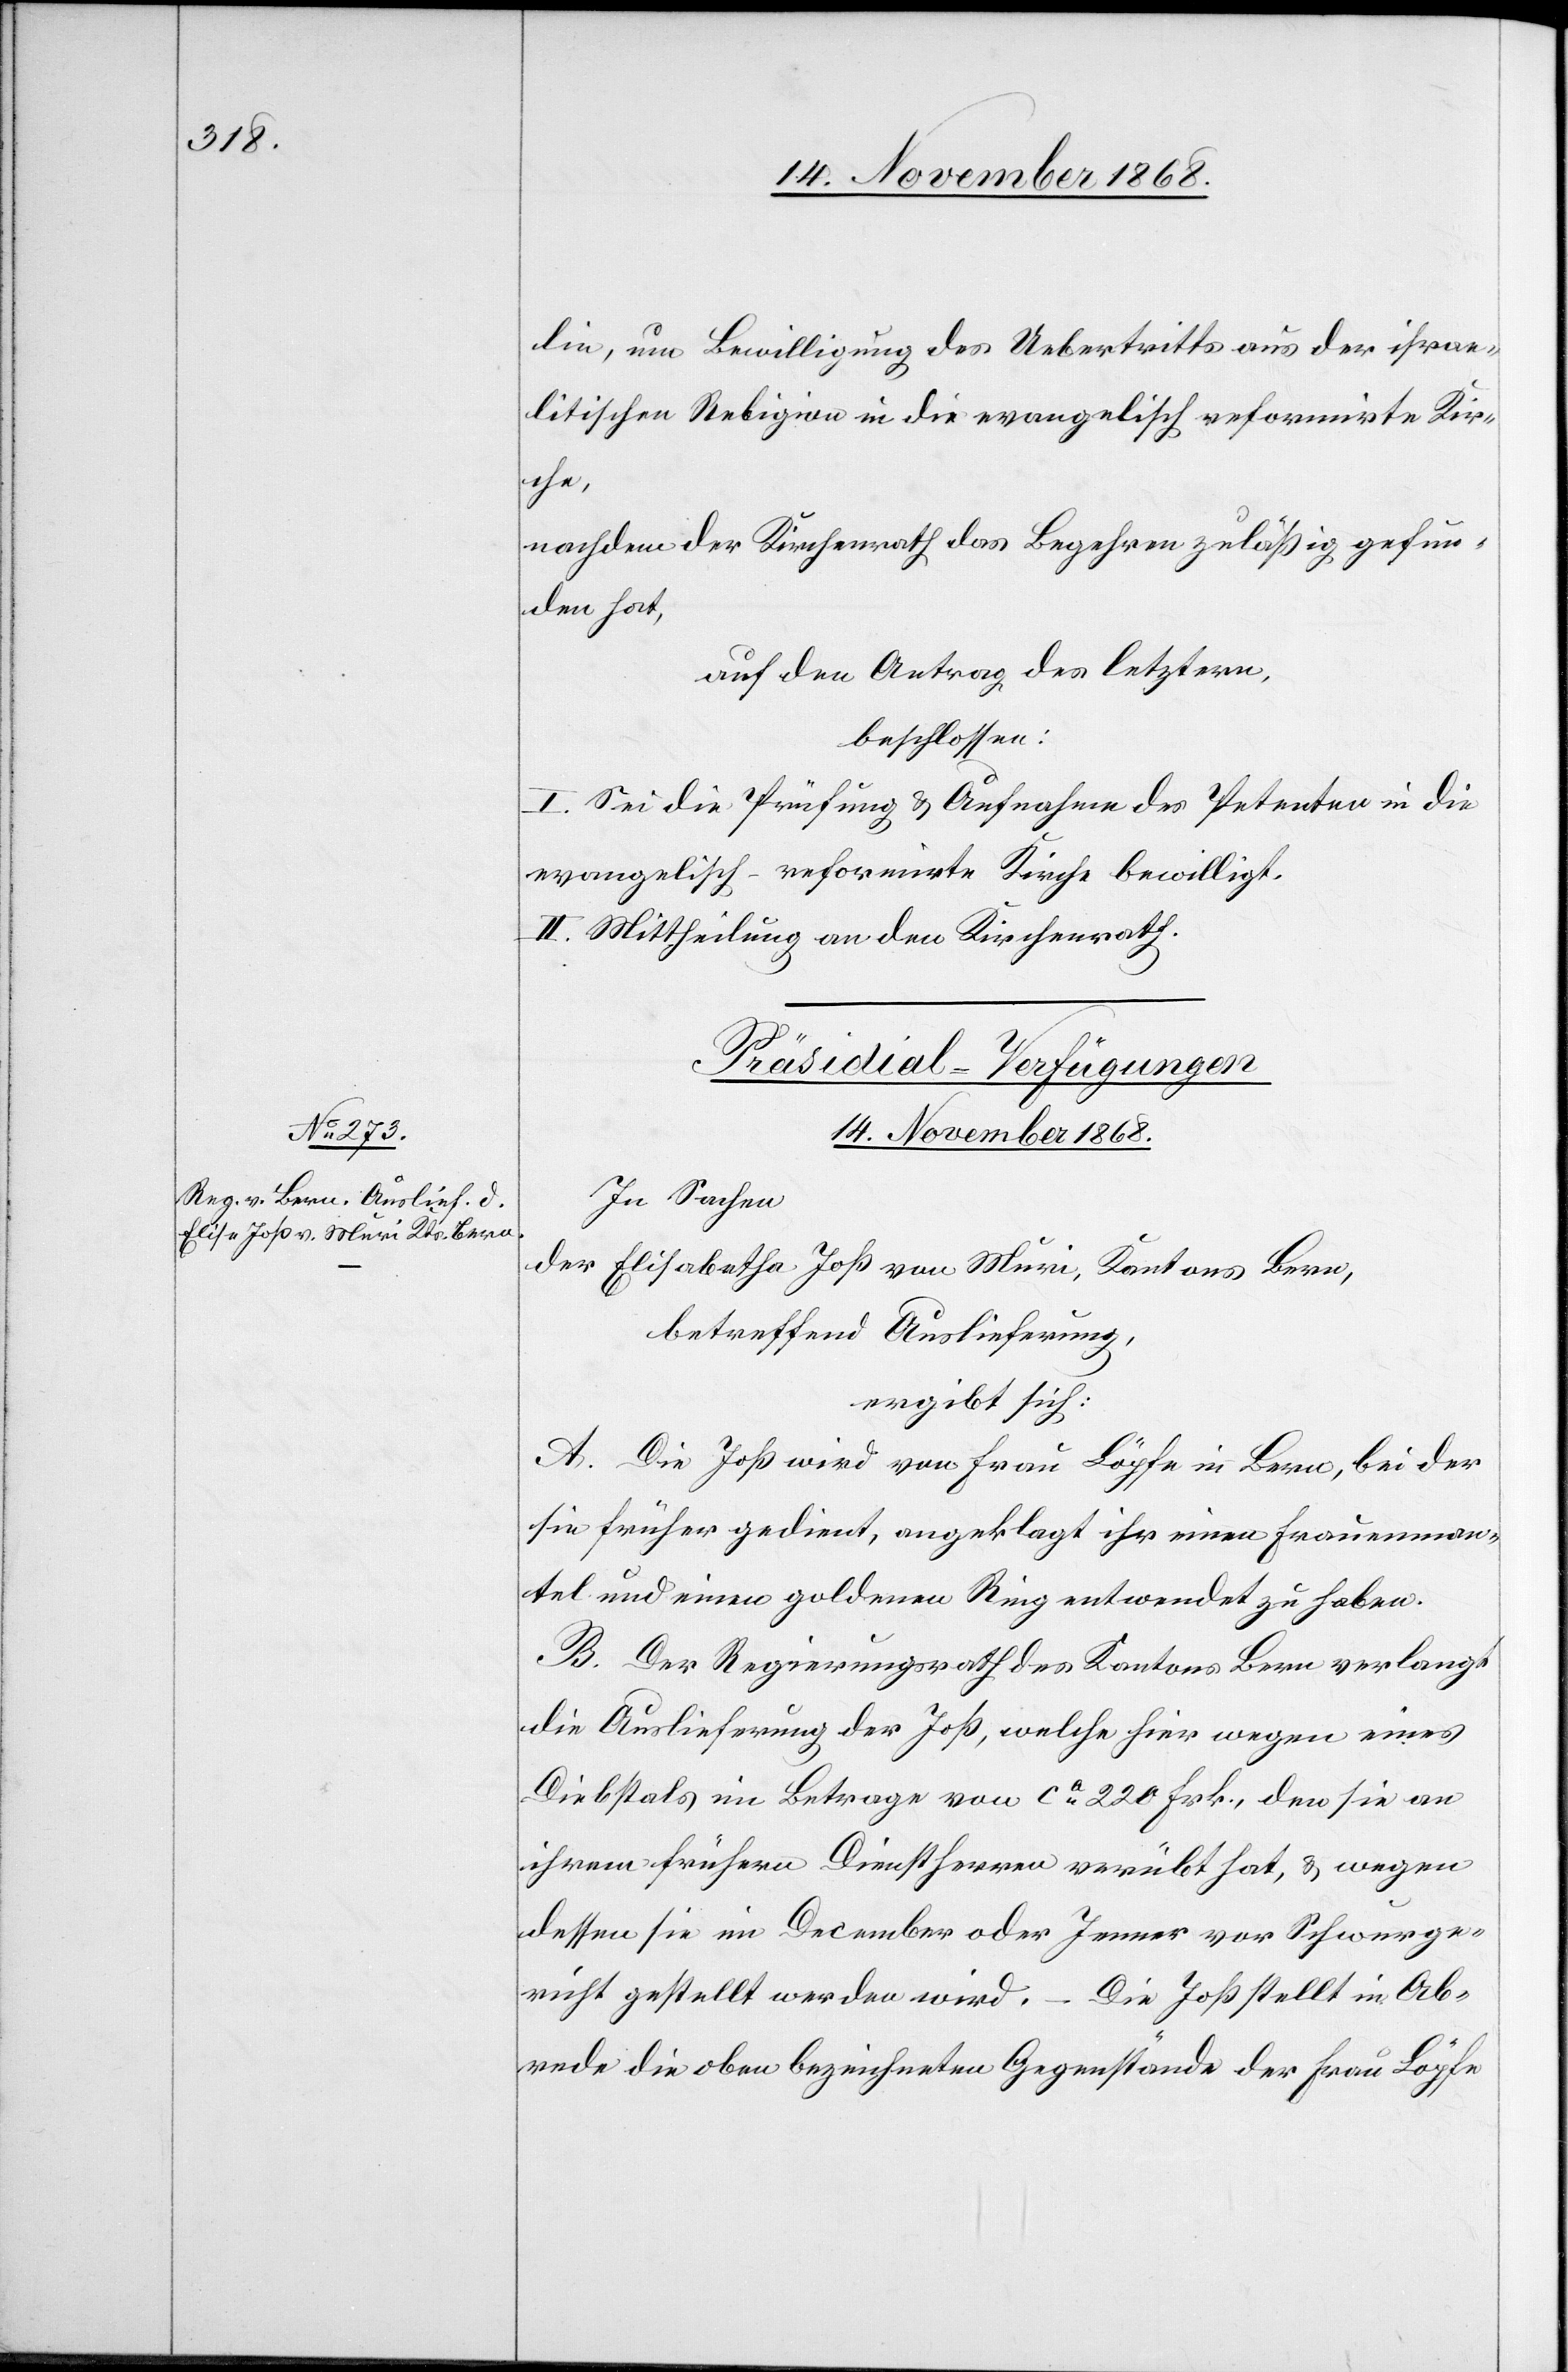
lin, um Bewilligung des Uebertritts aus der israe¬
litischen Religion in die evangelisch reformirte Kir¬
che,
nachdem der Kirchenrath das Begehren zuläßig gefun¬
den hat,
auf den Antrag des letztern,
beschlossen:
I. Sei die Prüfung & Aufnahme des Petenten in die
evangelisch-reformirte Kirche bewilligt.
II. Mittheilung an den Kirchenrath.
Präsidial-Verfügungen
14. November 1868.
In Sachen
der Elisabetha Joß von Muri, Kantons Bern,
betreffend Auslieferung,
ergibt sich:
A. Die Joß wird von Frau Löpfe in Bern, bei der
sie früher gedient, angeklagt ihr einen Frauenman¬
tel und einen goldenen Ring entwendet zu haben.
B. Der Regierungsrath des Kantons Bern verlangt
die Auslieferung der Joß, welche hier wegen eines
Diebstals im Betrage von ca 220 Frk., den sie an
ihrem frühern Dienstherren verübt hat, & wegen
dessen sie im December oder Jenner vor Schwurge¬
richt gestellt werden wird. – Die Joß stellt in Ab¬
rede die oben bezeichneten Gegenstände der Frau Löpfe